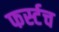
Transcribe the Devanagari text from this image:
फर्स्टच